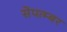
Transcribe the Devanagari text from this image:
सेपत्म्बर